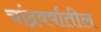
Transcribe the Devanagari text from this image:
चांद्रवर्षातील